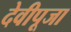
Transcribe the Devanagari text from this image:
देवीपूजा